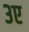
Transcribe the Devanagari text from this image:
३ए